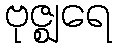
ဗုဇ္ဈရေ